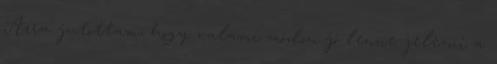
Arra jutottam, hogy valami módon jó lenne jelezni a